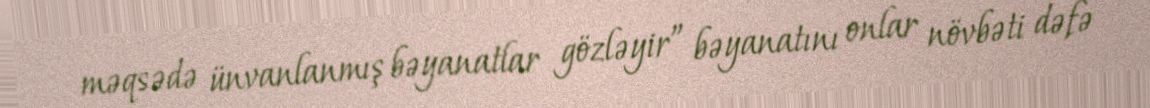
məqsədə ünvanlanmış bəyanatlar gözləyir” bəyanatını onlar növbəti dəfə